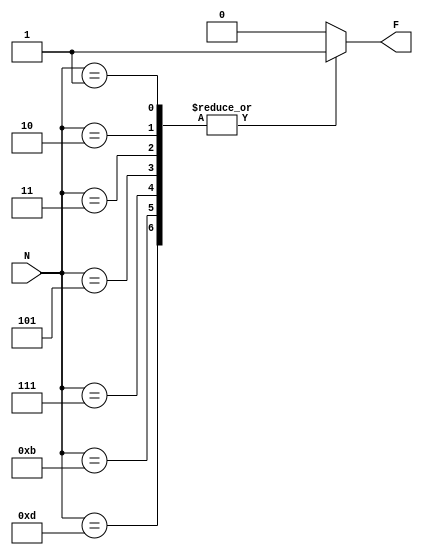
//////////////////////////////////////////////////////////////////////////////////
// Company:   Atlm University
// 
// Design Name: 
// Module Name:   PrimeDetector 
// Project Name:   PrimeDetector	
// Target Devices:   Digilent BASYS2
// Tool versions: 
// Description: 
//
// Dependencies: 
//
// Revision: 
// Revision 0.01 - File Created
// Additional Comments: 
//
//////////////////////////////////////////////////////////////////////////////////

`timescale 1ns / 1ps
module PrimeDetector(
    input [3:0] N,
    output reg F
	 );
always @ (N)
	case(N)
		4'd1, 4'd2, 4'd3, 4'd5, 4'd7, 4'd11, 4'd13 : F = 1;
		default : F = 0;
	endcase
endmodule